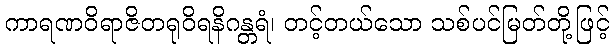
ကာရဏဝိရာဇိတရုဝိရနိဂန္တရံ၊ တင့်တယ်သော သစ်ပင်မြတ်တို့ဖြင့်